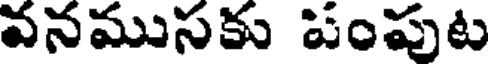
వనముసకు పంపుట